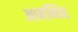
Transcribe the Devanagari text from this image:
आबन्धित